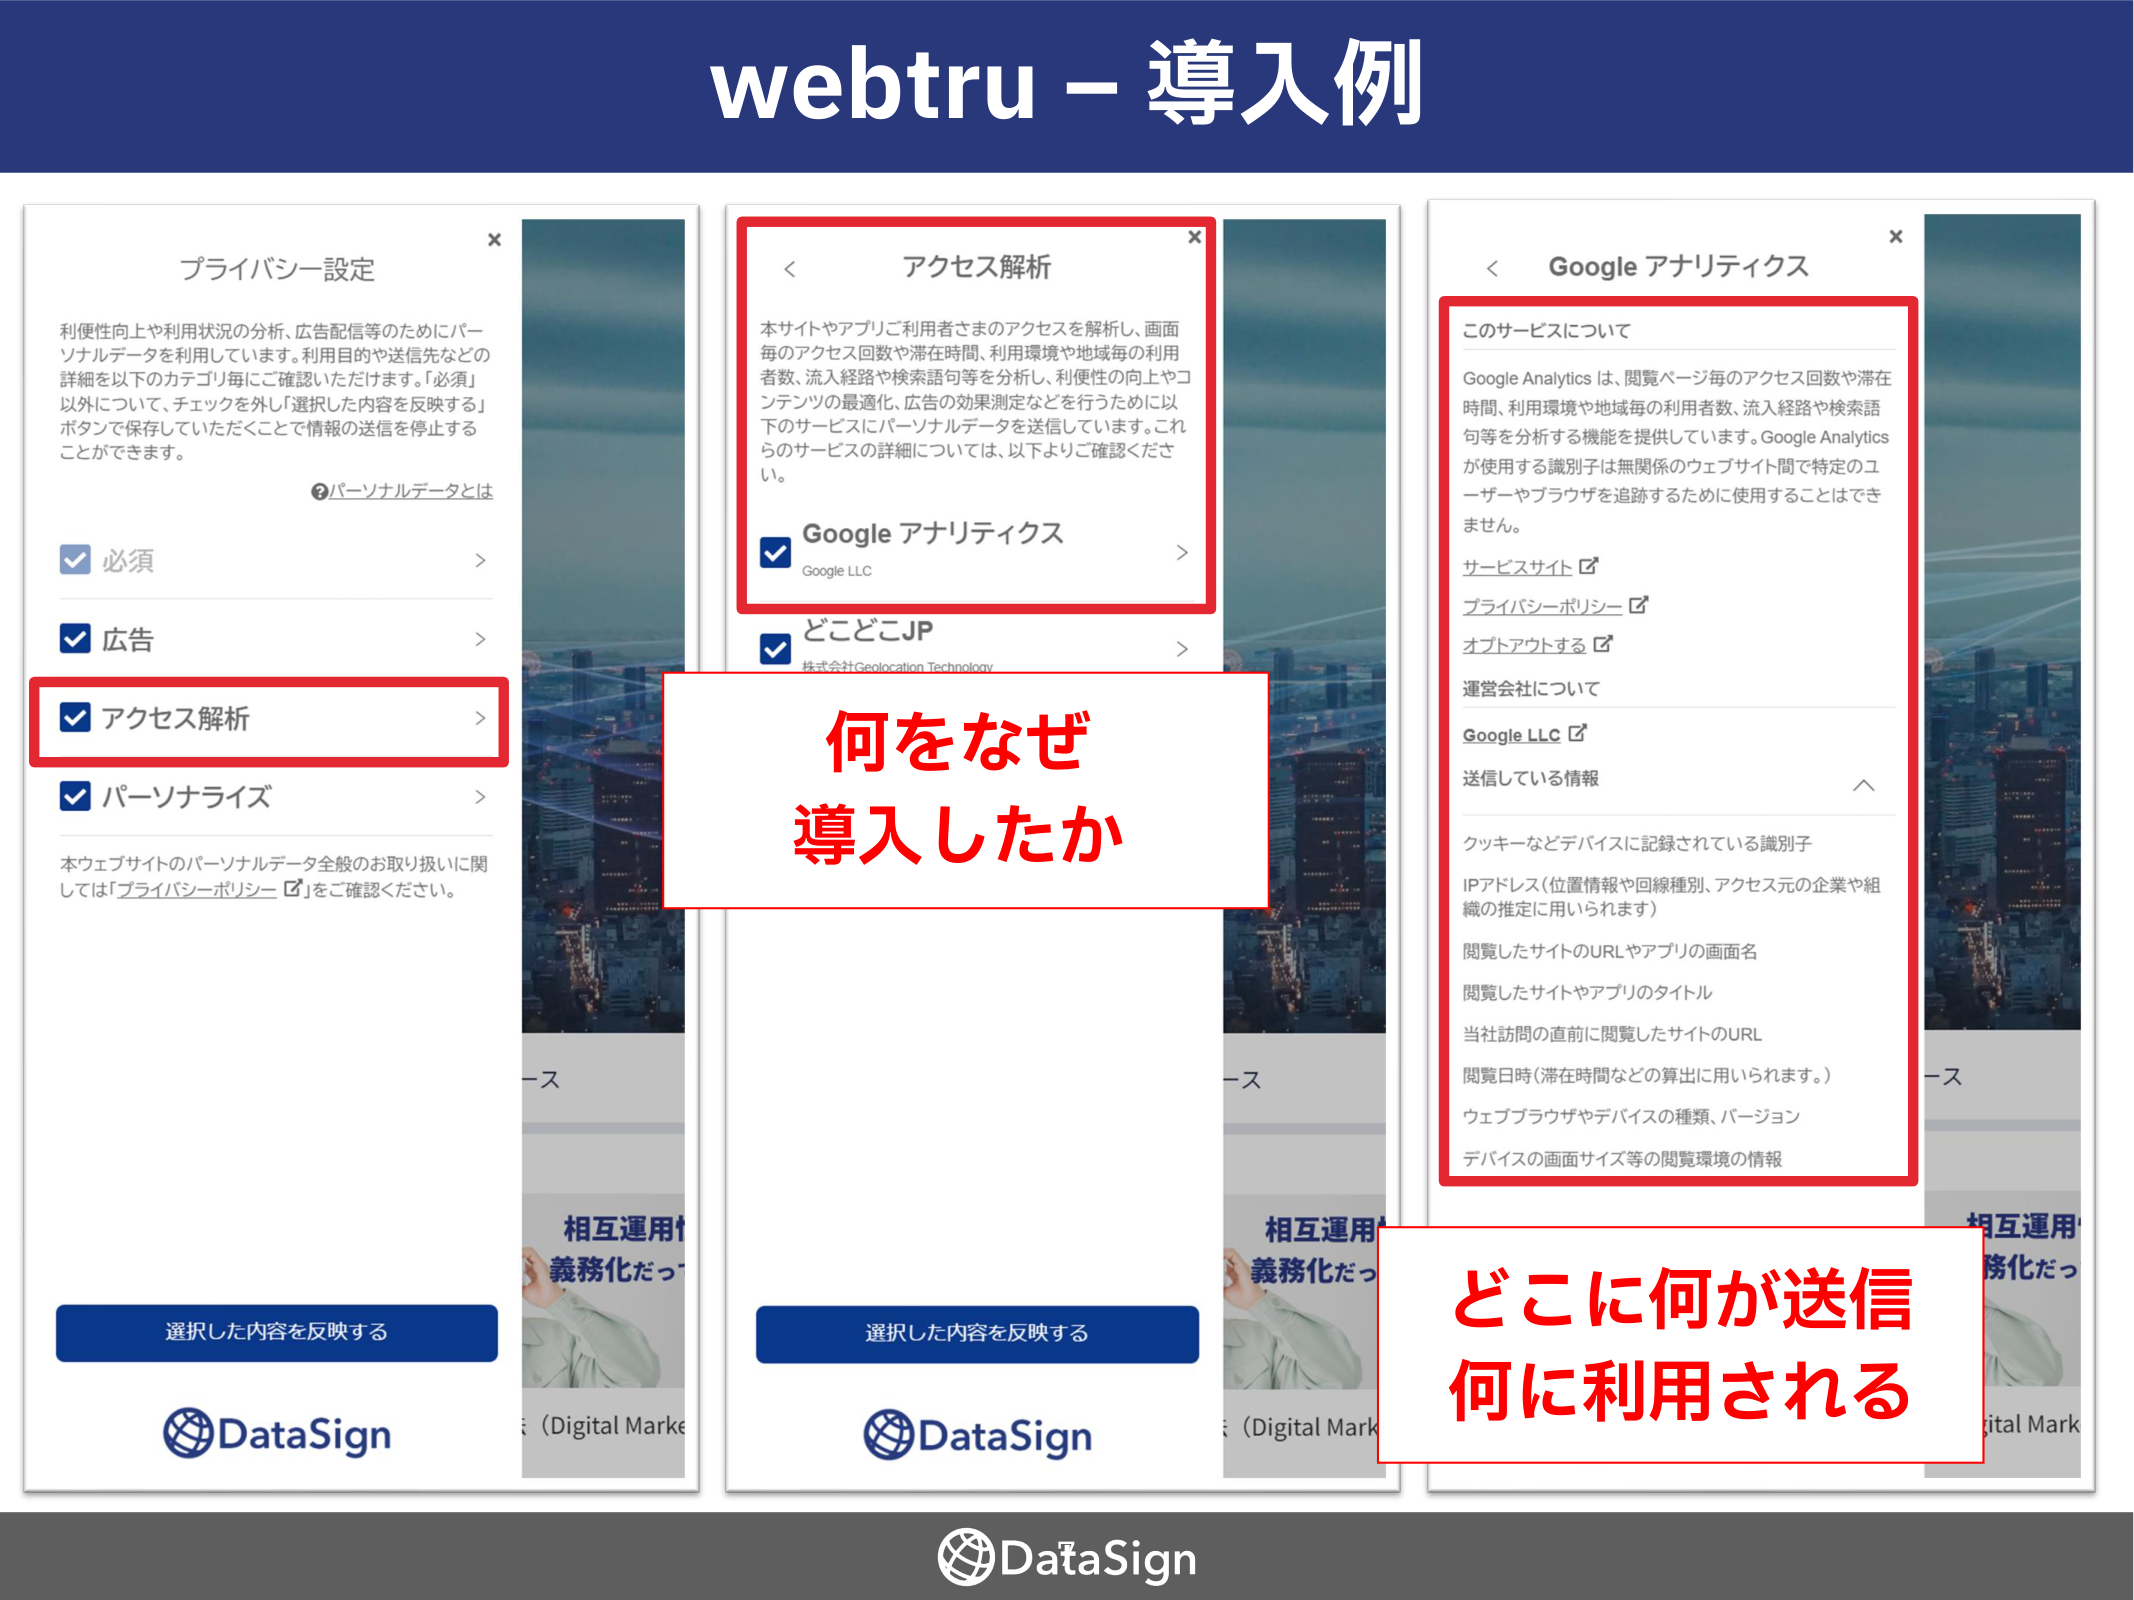
webtru – 導入例

プライバシー設定
×
利便性向上や利用状況の分析、広告配信等のためにパーソナルデータを利用しています。利用目的や送信先などの詳細を以下のカテゴリ毎にご確認いただけます。「必須」以外について、チェックを外し「選択した内容を反映する」ボタンで保存していただくことで情報の送信を停止することができます。
①パーソナルデータとは
✔ 必須 >
✔ 広告 >
✔ アクセス解析 >
✔ パーソナライズ >
本ウェブサイトのパーソナルデータ全般のお取り扱いに関しては「プライバシーポリシー」をご確認ください。
選択した内容を反映する
DataSign

アクセス解析
×
< 本サイトやアプリご利用者さまのアクセスを解析し、画面毎のアクセス回数や滞在時間、利用環境や地域毎の利用者数、流入経路や検索語句等を分析し、利便性の向上やコンテンツの最適化、広告の効果測定などを行うために以下のサービスにパーソナルデータを送信しています。これらのサービスの詳細については、以下よりご確認ください。
✔ Google アナリティクス
Google LLC >
✔ どこどこJP
株式会社Geolocation Technology >
選択した内容を反映する
DataSign

Google アナリティクス
×
< このサービスについて
Google Analytics は、閲覧ページ毎のアクセス回数や滞在時間、利用環境や地域毎の利用者数、流入経路や検索語句等を分析する機能を提供しています。Google Analytics が使用する識別子は無関係のウェブサイト間で特定のユーザーやブラウザを追跡するために使用することはできません。
サービスサイト 📌
プライバシーポリシー 📌
オプトアウトする 📌
運営会社について
Google LLC 📌
送信している情報
クッキーなどデバイスに記録されている識別子
IPアドレス（位置情報や回線種別、アクセス元の企業や組織の推定に用いられます。）
閲覧したサイトのURLやアプリの画面名
閲覧したサイトやアプリのタイトル
当社訪問の直前に閲覧したサイトのURL
閲覧日時（滞在時間などの算出に用いられます。）
ウェブブラウザやデバイスの種類、バージョン
デバイスの画面サイズ等の閲覧環境の情報

何をなぜ導入したか
どこに何が送信 何に利用される

DataSign